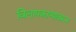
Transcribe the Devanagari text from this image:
विलापकाव्यावरून